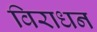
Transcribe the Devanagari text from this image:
विराधन